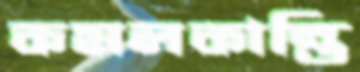
কমলকান্তি